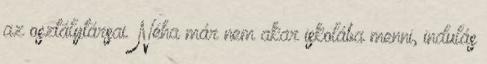
az osztálytársai. Néha már nem akar iskolába menni, indulás